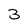
Character: 3